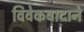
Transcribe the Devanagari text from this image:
विवेकवादाने